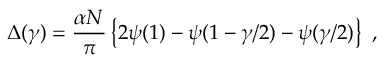
\Delta ( { \gamma } ) = \frac { \alpha N } { \pi } \left\{ 2 \psi ( 1 ) - \psi ( 1 - \gamma / 2 ) - \psi ( \gamma / 2 ) \right\} \ ,